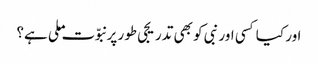
اور کیا کسی اور نبی کو بھی تدریجی طور پر نبوّت ملی ہے؟